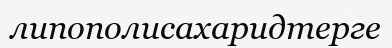
липополисахаридтерге